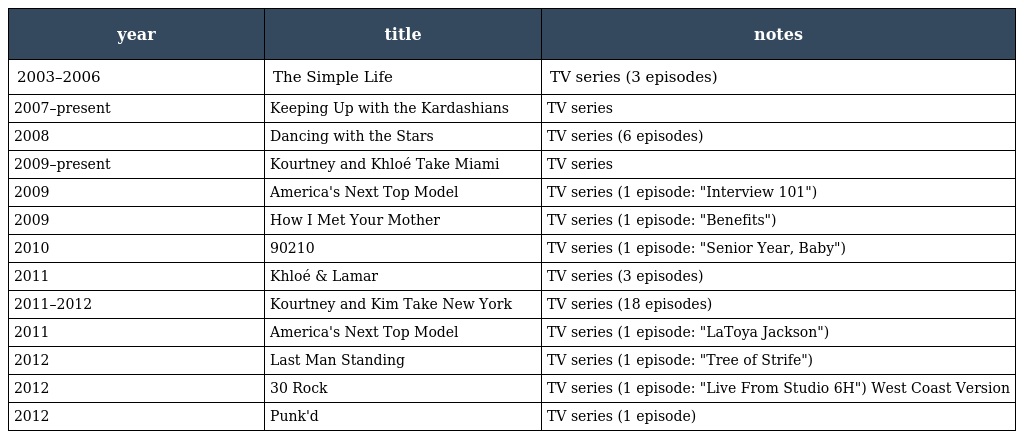
| year | title | notes |
 | --- | --- | --- |
 | 2003–2006 | The Simple Life | TV series (3 episodes) |
 | 2007–present | Keeping Up with the Kardashians | TV series |
 | 2008 | Dancing with the Stars | TV series (6 episodes) |
 | 2009–present | Kourtney and Khloé Take Miami | TV series |
 | 2009 | America's Next Top Model | TV series (1 episode: "Interview 101") |
 | 2009 | How I Met Your Mother | TV series (1 episode: "Benefits") |
 | 2010 | 90210 | TV series (1 episode: "Senior Year, Baby") |
 | 2011 | Khloé & Lamar | TV series (3 episodes) |
 | 2011–2012 | Kourtney and Kim Take New York | TV series (18 episodes) |
 | 2011 | America's Next Top Model | TV series (1 episode: "LaToya Jackson") |
 | 2012 | Last Man Standing | TV series (1 episode: "Tree of Strife") |
 | 2012 | 30 Rock | TV series (1 episode: "Live From Studio 6H") West Coast Version |
 | 2012 | Punk'd | TV series (1 episode) |